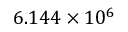
6 . 1 4 4 \times 1 0 ^ { 6 }